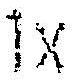
1X